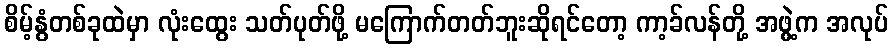
စိမ့်နွံတစ်ခုထဲမှာ လုံးထွေး သတ်ပုတ်ဖို့ မကြောက်တတ်ဘူးဆိုရင်တော့ ကာ့ခ်လန်တို့ အဖွဲ့က အလုပ်